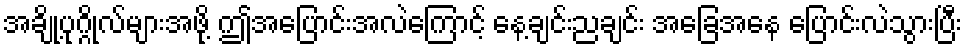
အချို့ပုဂ္ဂိုလ်များအဖို့ ဤအပြောင်းအလဲကြောင့် နေ့ချင်းညချင်း အခြေအနေ ပြောင်းလဲသွားပြီး